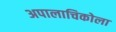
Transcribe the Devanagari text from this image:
अपालाचिकोला